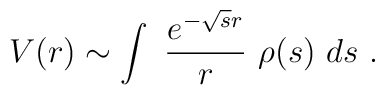
V(r) \sim \int ~{e^{-\sqrt{s}r} \over r}~\rho(s)~ds~.